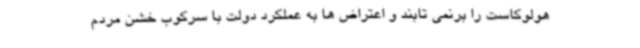
هولوکاست را برنمی تابند و اعتراض ها به عملکرد دولت با سرکوب خشن مردم